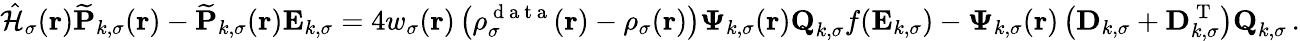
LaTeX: \hat{\mathcal{{H}}}_{\sigma}(\boldsymbol{\textbf{r}})\mathbf{\widetilde{P}}_{k,\sigma}(\boldsymbol{\textbf{r}})-\mathbf{\widetilde{P}}_{k,\sigma}(\boldsymbol{\textbf{r}})\mathbf{E}_{k,\sigma}=4w_{\sigma}(\boldsymbol{\textbf{r}})\left(\rho_{\sigma}^{\mathrm{~d~a~t~a~}}(\boldsymbol{\textbf{r}})-\rho_{\sigma}(\boldsymbol{\textbf{r}})\right)\boldsymbol{\Psi}_{k,\sigma}(\boldsymbol{\textbf{r}})\textbf{Q}_{k,\sigma}f(\mathbf{E}_{k,\sigma})-\boldsymbol{\Psi}_{k,\sigma}(\boldsymbol{\textbf{r}})\left(\mathbf{D}_{k,\sigma}+\mathbf{D}_{k,\sigma}^{\mathrm{~T~}}\right)\textbf{Q}_{k,\sigma}\, .